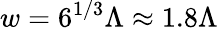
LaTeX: w=6^{1/3}\Lambda\approx 1.8\Lambda